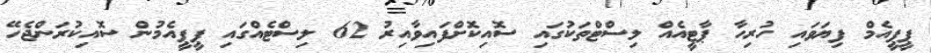
ޕީޕީއެމް ފިޔަވައި ހުރިހާ ޕާޓީއެއް ލިސްޓްތަކުގައި ސޮއިކޮށްފައިވާއިރު 62 ލިސްޓެއްގައި ޕީޕީއެމުން ސޮއިކުރަންޖެހޭ